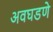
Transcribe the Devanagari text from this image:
अवघडणे